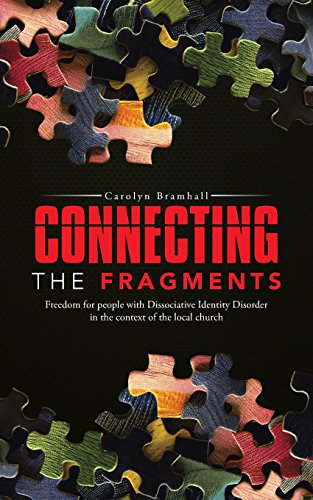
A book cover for Connecting the Fragments: Freedom for People with Dissociative Identity Disorder in the Context of the Local Church; Carolyn Bramhall; Health, Fitness & Dieting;